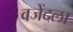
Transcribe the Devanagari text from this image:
वजेंदला